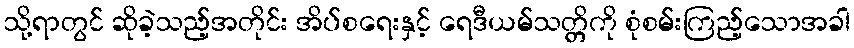
သို့ရာတွင် ဆိုခဲ့သည့်အတိုင်း အိပ်စရေးနှင့် ရေဒီယမ်သတ္တိကို စုံစမ်းကြည့်သောအခါ